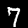
Label: 7